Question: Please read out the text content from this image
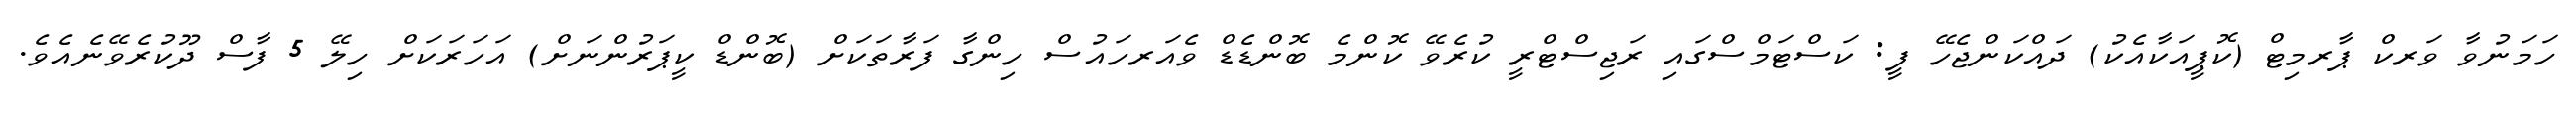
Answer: ހަމަނުވާ ވަރކް ޕާރމިޓް (ކޮޕީއަކާއެކު) ދައްކަންޖެހޭ ފީ: ކަސްޓަމްސްގައި ރަޖިސްޓްރީ ކުރެވޭ ކޮންމެ ބޮންޑެޑް ވެއަރހައުސް ހިންގާ ފަރާތަކަށް (ބޮންޑް ކީޕަރުންނަށް) އަހަރަކަށް ހިލޭ 5 ފާސް ދޫކުރެވޭނެއެވެ.